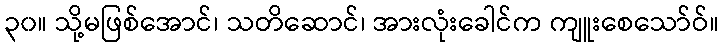
၃၀။ သို့မဖြစ်အောင်၊ သတိဆောင်၊ အားလုံးခေါင်က ကျူးစေသော်ဝ်။